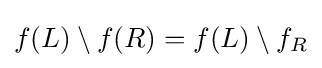
f(L)\setminus f(R)=f(L)\setminus f_{R}